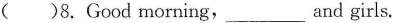
()8.Good morning,_ and girls.